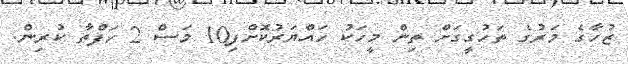
ޒުހާގެ މަރުގެ ތަހުގީގަށް ތިން މީހަކު ހައްޔަރުކޮށްފި10 މަސް 2 ހަފްތާ ކުރިން.